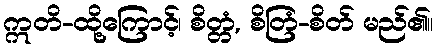
ဣတိ-ထို့ကြောင့်၊ စိတ္တံ, စိတြံ-စိတ် မည်၏။